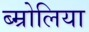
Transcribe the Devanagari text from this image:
ब्म्रोलिया